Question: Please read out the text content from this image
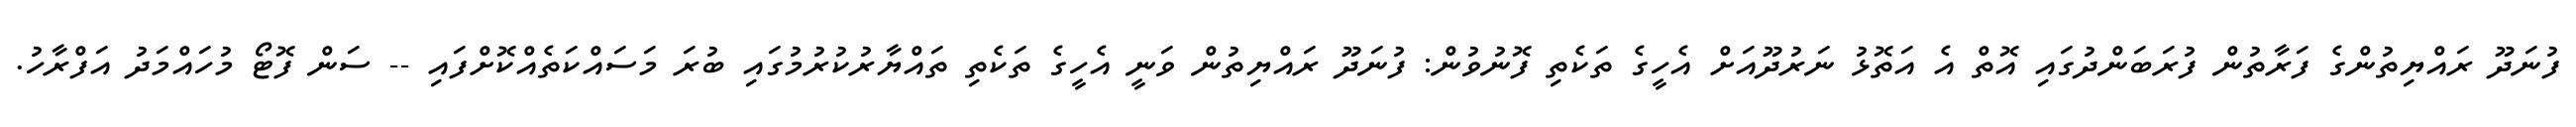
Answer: ފުނަދޫ ރައްޔިތުންގެ ފަރާތުން ފުރަބަންދުގައި އޮތް އެ އަތޮޅު ނަރުދޫއަށް އެހީގެ ތަކެތި ފޮނުވުން: ފުނަދޫ ރައްޔިތުން ވަނީ އެހީގެ ތަކެތި ތައްޔާރުކުރުމުގައި ބުރަ މަސައްކަތެއްކޮށްފައި -- ސަން ފޮޓޯ މުހައްމަދު އަފްރާހު.